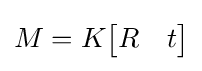
M=K{\begin{bmatrix}R&t\end{bmatrix}}